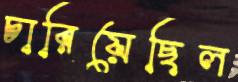
চারিয়েছিল